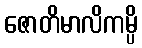
ဇောတိမာလိကမ္ပိ